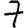
Digit: 7